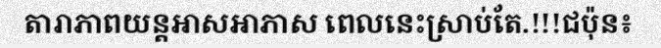
តារាភាពយន្តអាសអាភាស ពេលនេះស្រាប់តែ.!!!ជប៉ុន៖